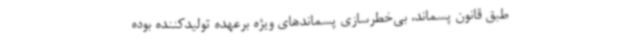
طبق قانون پسماند، بی‌خطرسازی پسماندهای ویژه برعهده تولیدکننده بوده